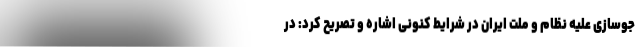
جوسازی علیه نظام و ملت ایران در شرایط کنونی اشاره و تصریح کرد: در